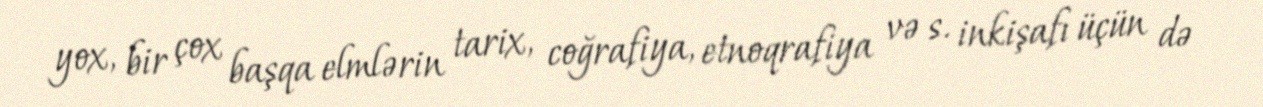
yox, bir çox başqa elmlərin tarix, coğrafiya, etnoqrafiya və s. inkişafı üçün də